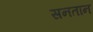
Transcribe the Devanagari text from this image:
सनतान